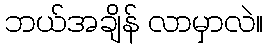
ဘယ်အချိန် လာမှာလဲ။